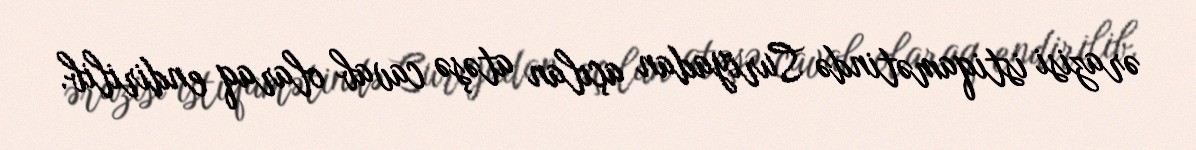
ərazisi istiqamətində Suriyadan açılan atəşə cavab olaraq endirilib.